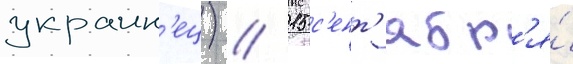
украин'ец) // 15 с'ент'ябр'я́